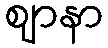
ဈာနာ